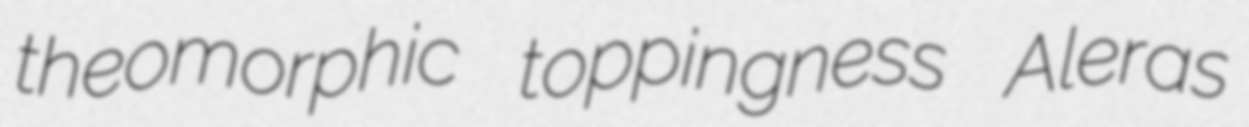
theomorphic toppingness Aleras